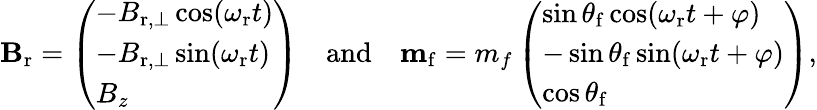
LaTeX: \begin{array}{r}{\mathbf{B}_{\mathrm{r}}=\left(\begin{array}{l}{-B_{\mathrm{r},\perp}\cos(\omega_{\mathrm{r}}t)}\\ {-B_{\mathrm{r},\perp}\sin(\omega_{\mathrm{r}}t)}\\ {B_{z}}\end{array}\right)\quad\mathrm{and}\quad\mathbf{m}_{\mathrm{f}}=m_{f}\left(\begin{array}{l}{\sin\theta_{\mathrm{f}}\cos(\omega_{\mathrm{r}}t+\varphi)}\\ {-\sin\theta_{\mathrm{f}}\sin(\omega_{\mathrm{r}}t+\varphi)}\\ {\cos\theta_{\mathrm{f}}}\end{array}\right),}\end{array}